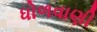
ધોળવાણી